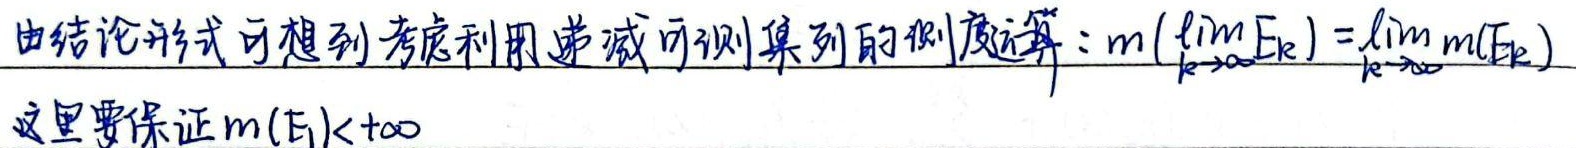
由结论形式可想到考虑利用递减可测集列的测度运算：\(m\left(\lim_{k \to \infty}E_{k}\right)=\lim_{k \to \infty}m(E_{k})\)。这里要保证\(m(E_{1})<+\infty\)